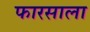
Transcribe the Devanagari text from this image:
फारसाला